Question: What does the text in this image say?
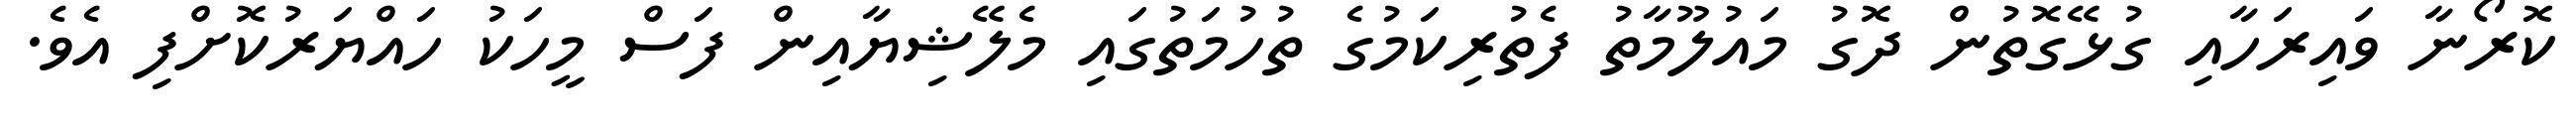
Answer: ކޮރޯނާ ވައިރަހާއި ގުޅޭގޮތުން ދޮގު މައުލޫމާތު ފެތުރިކަމުގެ ތުހުމަތުގައި މެލޭޝިޔާއިން ފަސް މީހަކު ހައްޔަރުކޮށްފި އެވެ.